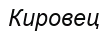
Кировец